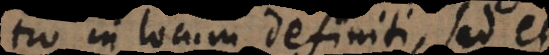
tio in locum definiti, sed et